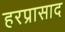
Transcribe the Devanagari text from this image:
हरप्रासाद